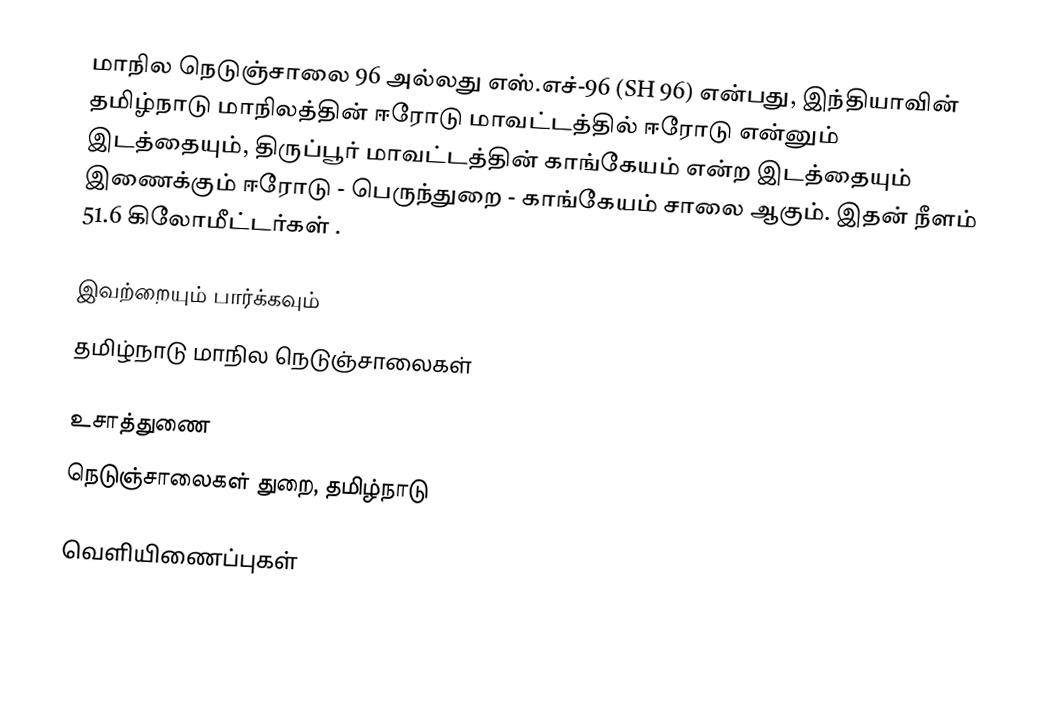
மாநில நெடுஞ்சாலை 96 அல்லது எஸ்.எச்-96 (SH 96) என்பது, இந்தியாவின் தமிழ்நாடு மாநிலத்தின் ஈரோடு மாவட்டத்தில் ஈரோடு என்னும் இடத்தையும், திருப்பூர் மாவட்டத்தின் காங்கேயம் என்ற இடத்தையும் இணைக்கும் ஈரோடு - பெருந்துறை - காங்கேயம் சாலை ஆகும். இதன் நீளம் 51.6  கிலோமீட்டர்கள் .

இவற்றையும் பார்க்கவும்
 தமிழ்நாடு மாநில நெடுஞ்சாலைகள்

உசாத்துணை
 நெடுஞ்சாலைகள் துறை, தமிழ்நாடு

வெளியிணைப்புகள்